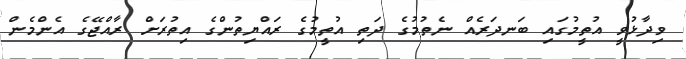
ވިދާޅުވީ އުތީމުގައި ބަނދަރެއް ނެތުމުގެ ދަތި އުތީމުގެ ރައްޔިތުންގެ އިތުރަށް ރާއްޖޭގެ އެންމެން